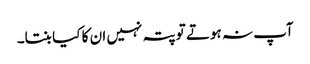
آپ نہ ہوتے تو پتہ نہیں ان کا کیا بنتا۔